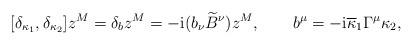
\begin{align*}[\delta_{\kappa_1}, \delta_{\kappa_2}] z^M = \delta_bz^M =-{\rm i}(b_\nu {\widetilde B}^\nu )z^M, \qquad b^\mu =-{\rm i}{\overline\kappa}_1\Gamma^\mu\kappa_2,\end{align*}